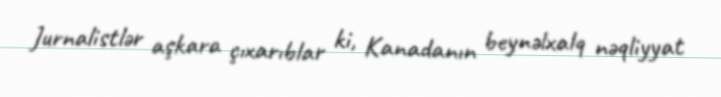
Jurnalistlər aşkara çıxarıblar ki, Kanadanın beynəlxalq nəqliyyat